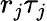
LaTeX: r_{j}\tau_{j}